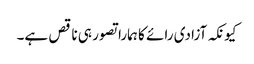
کیونکہ آزادی رائے کا ہمارا تصور ہی ناقص ہے۔